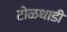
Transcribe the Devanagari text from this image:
टोळधाडी